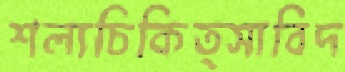
শল্যচিকিত্সাবিদ